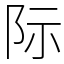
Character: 际